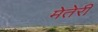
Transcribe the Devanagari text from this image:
मेतेरी